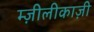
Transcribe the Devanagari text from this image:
म्ज़ीलीकाज़ी